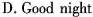
D.Good night